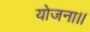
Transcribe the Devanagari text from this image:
योजना।।